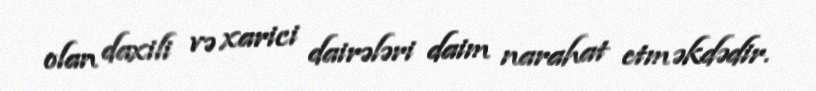
olan daxili və xarici dairələri daim narahat etməkdədir.